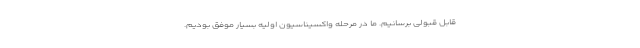
قابل قبولی برسانیم. ما در مرحله واکسیناسیون اولیه بسیار موفق بودیم.